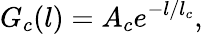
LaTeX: G_{c}(l)=A_{c}e^{-l/l_{c}},